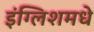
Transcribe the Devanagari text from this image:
इंग्लिशमधे